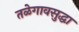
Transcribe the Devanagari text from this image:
तळेगावसुद्धा